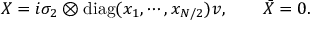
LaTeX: X = i \sigma _ { 2 } \otimes \mathrm { d i a g } ( x _ { 1 } , \cdots , x _ { N / 2 } ) v , \qquad \bar { X } = 0 .